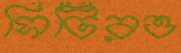
সিটিরও